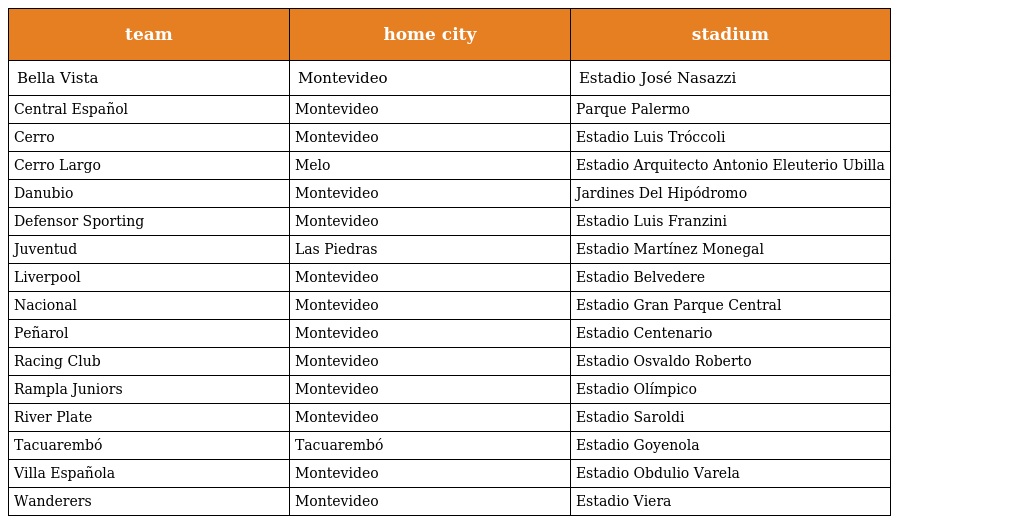
| team | home city | stadium |
 | --- | --- | --- |
 | Bella Vista | Montevideo | Estadio José Nasazzi |
 | Central Español | Montevideo | Parque Palermo |
 | Cerro | Montevideo | Estadio Luis Tróccoli |
 | Cerro Largo | Melo | Estadio Arquitecto Antonio Eleuterio Ubilla |
 | Danubio | Montevideo | Jardines Del Hipódromo |
 | Defensor Sporting | Montevideo | Estadio Luis Franzini |
 | Juventud | Las Piedras | Estadio Martínez Monegal |
 | Liverpool | Montevideo | Estadio Belvedere |
 | Nacional | Montevideo | Estadio Gran Parque Central |
 | Peñarol | Montevideo | Estadio Centenario |
 | Racing Club | Montevideo | Estadio Osvaldo Roberto |
 | Rampla Juniors | Montevideo | Estadio Olímpico |
 | River Plate | Montevideo | Estadio Saroldi |
 | Tacuarembó | Tacuarembó | Estadio Goyenola |
 | Villa Española | Montevideo | Estadio Obdulio Varela |
 | Wanderers | Montevideo | Estadio Viera |